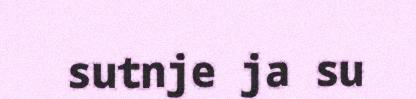
sutnje ja su